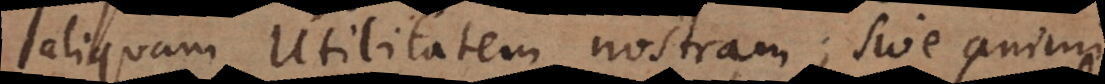
aliquam utilitatem nostram sive animi